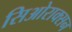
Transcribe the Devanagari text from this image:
सिओराक्सन